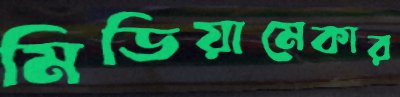
মিডিয়ামেকার